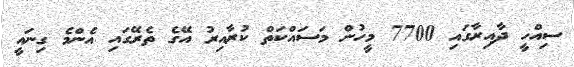
ސިއްހީ ދާއިރާގައި 7700 މީހުން މަސައްކަތް ކުރާއިރު އޭގެ ތެރޭގައި އެންމެ ގިނައީ